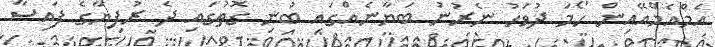
އެމްއެމްއޭއިން ހޯމަ ދުވަހު ނެރުނު ބަޔާނެއްގައި ބުނި ގޮތުގައި ދެ ރުފިޔާގެ ފައިސާ